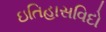
ઇતિહાસવિદો